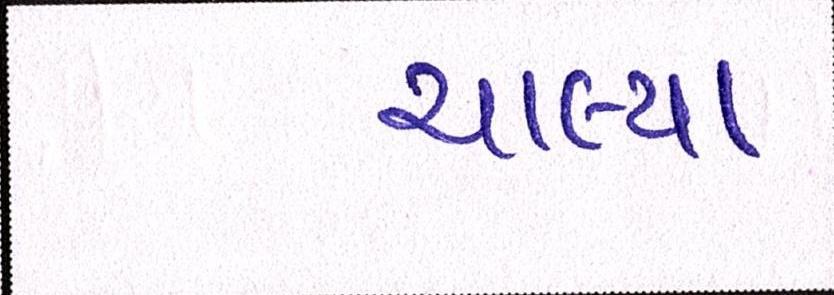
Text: ચાલ્યા